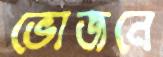
ভোজনে